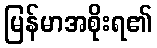
မြန်မာအစိုးရ၏